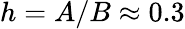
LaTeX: h=A/B\approx 0.3